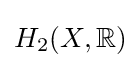
H_{2}(X,\mathbb {R} )